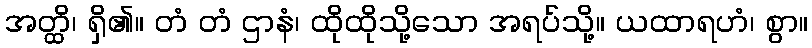
အတ္ထိ၊ ရှိ၏။ တံ တံ ဌာနံ၊ ထိုထိုသို့သော အရပ်သို့။ ယထာရဟံ၊ စွာ။